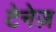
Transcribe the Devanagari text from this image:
टेनेज़